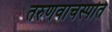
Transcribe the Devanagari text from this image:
तरुणवाचस्पति